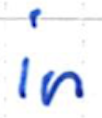
Text: in
Cross-out: clean
Writing tool: ballpoint